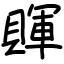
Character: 賱